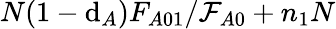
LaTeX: N(1-\mathrm{d}_{A})F_{A01}/\mathcal{{F}}_{A0}+n_{1}N